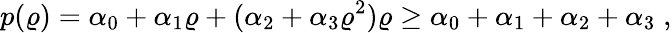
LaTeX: p(\varrho)=\alpha_{0}+\alpha_{1}\varrho+(\alpha_{2}+\alpha_{3}\varrho^{2})\varrho\ge\alpha_{0}+\alpha_{1}+\alpha_{2}+\alpha_{3}\; ,